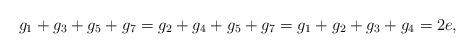
LaTeX: \begin{align*}g_1+g_3+g_5+g_7=g_2+g_4+g_5+g_7=g_1+g_2+g_3+g_4=2e,\end{align*}